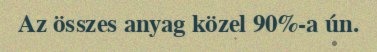
Az összes anyag közel 90%-a ún.